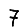
Digit: 7